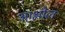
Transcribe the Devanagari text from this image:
आश्लील